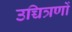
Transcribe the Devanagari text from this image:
उच्चित्रणों